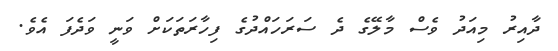
ދާއިރު މިއަދު ވެސް މާލޭގެ ދެ ސަރަހައްދުގެ ފިހާރަތަކަށް ވަނީ ވަދެފަ އެވެ.